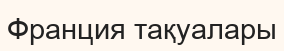
Франция тақуалары